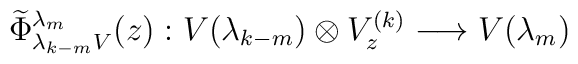
\widetilde\Phi^{\lambda_m}_{\lambda_{k-m}V}(z):V(\lambda_{k-m})\otimes V^{(k)}_z \longrightarrow V(\lambda_m)